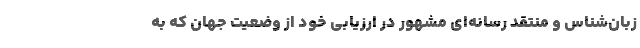
زبان‌شناس و منتقد رسانه‌ای مشهور در ارزیابی خود از وضعیت جهان که به